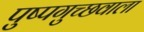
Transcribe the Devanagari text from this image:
पुष्पगुच्छवाला